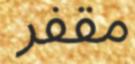
مقفر